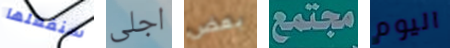
سنفعلها اجلى بعض مجتمع اليوم